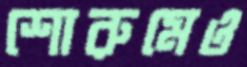
শোরুমেও